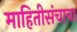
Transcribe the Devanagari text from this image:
माहितीसंचाचा